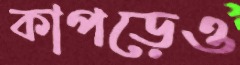
কাপড়েও